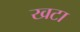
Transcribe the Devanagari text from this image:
खटा